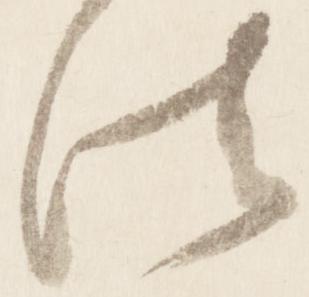
法